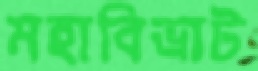
মহাবিভ্রাট